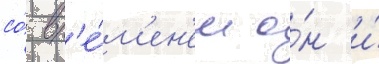
со́ вр'е́м'ен'ем о́н и́